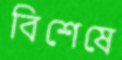
বিশেষে